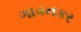
ગાવનકર